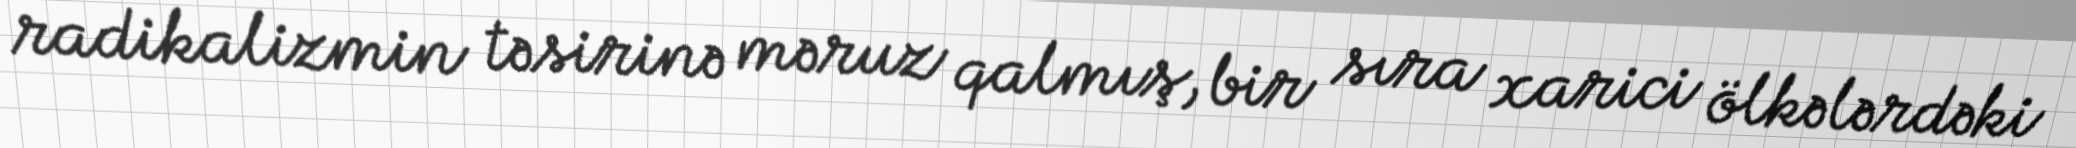
radikalizmin təsirinə məruz qalmış, bir sıra xarici ölkələrdəki